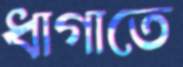
ধাগাতে